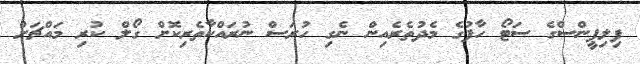
ފިލިޕީންސްގެ ސަޓޯ ހާފުގެ މެދުތެރެއިން ނެގި ހުރަސް ނުރައްކާތެރިކޮށް ގޯލް ކުރި މައްޗަށް